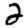
Digit: 2